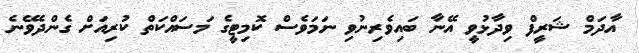
އާދަމް ޝަރީފް ވިދާޅުވީ އޭނާ ބައިވެރިނުވި ނަމަވެސް ކޮމިޓީގެ މަސައްކަތް ކުރިއަށް ގެންދެވޭނެ